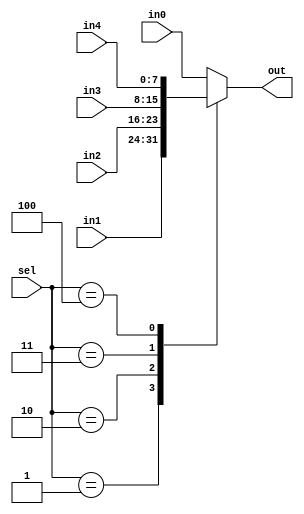
module mux5to1 (input[2:0] sel, input[7:0] in0,in1,in2,in3,in4,output reg[7:0] out);
    always @(sel, in0,in1,in2,in3,in4) begin
        case (sel)
            3'd0: out = in0;
            3'd1: out = in1;
            3'd2: out = in2;
            3'd3: out = in3;
            3'd4: out = in4;
            // 3'd5: out = in5;
            default: out = in0;
        endcase
    end
endmodule